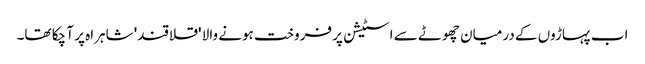
اب پہاڑوں کے درمیان چھوٹے سے اسٹیشن پر فروخت ہونے والا 'قلاقند' شاہراہ پر آ چکا تھا۔